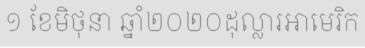
១ ខែមិថុនា ឆ្នាំ២០២០ដុល្លារអាមេរិក